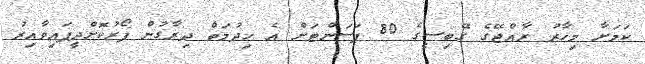
ކަމަށާ މިހާރު ރާއްޖޭގެ ގޭބިސީގެ 80 ޕަސަންޓަށް އެ ހިދުމަތް ދިރާގުން ފޯރުކޮށްދީފައިވާއިރު